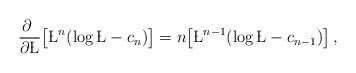
LaTeX: \begin{align*}\frac{\partial~}{\partial\L} \big[ \L^n(\log\L -c_n)\big] =n \big[ \L^{n-1} (\log\L - c_{n-1})\big]\,,\end{align*}